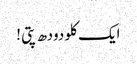
ایک کلو دودھ پتی !